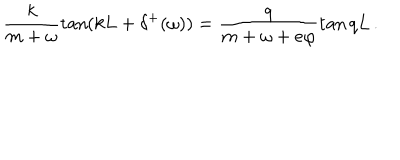
LaTeX: \frac { k } { m + \omega } \tan ( k L + \delta ^ { + } ( \omega ) ) = \frac { q } { m + \omega + e \varphi } \tan q L \, .